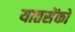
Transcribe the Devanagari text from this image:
यातसेंको